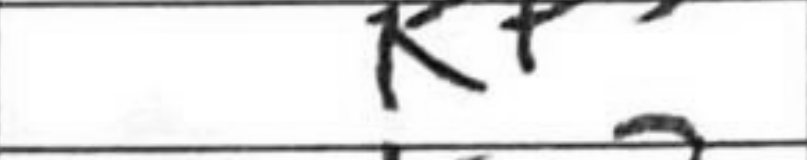
Transcription: Kf3